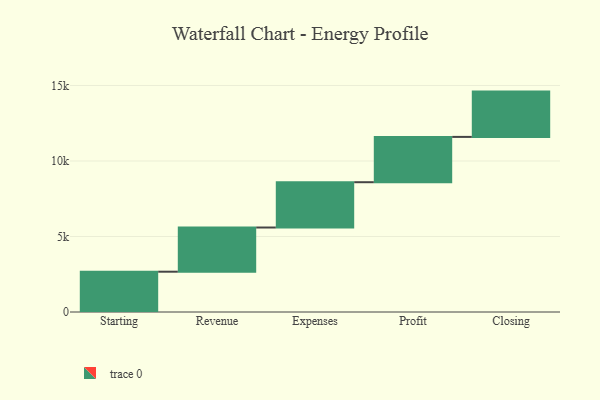
{"axis": {"x": "Step", "y": "Value"}, "legend": [""], "data": [{"x": "Starting", "y": 2669.0, "type": ""}, {"x": "Revenue", "y": 2926.0, "type": ""}, {"x": "Expenses", "y": 3000, "type": ""}, {"x": "Profit", "y": 3000, "type": ""}, {"x": "Closing", "y": 3000, "type": ""}]}